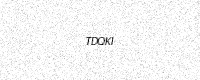
Text: TDQKI